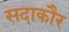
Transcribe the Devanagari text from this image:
सदाकौर